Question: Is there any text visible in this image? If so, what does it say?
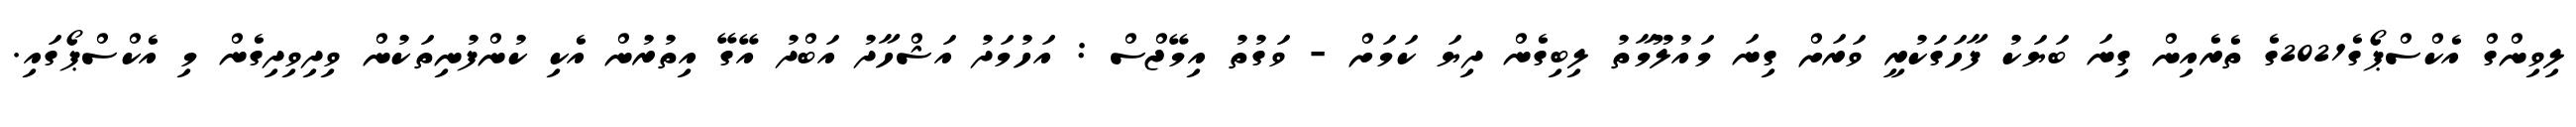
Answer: ލިވިންގް އެކްސްޕޯގެ2021ގެ ތެރެއިން ގިނަ ބަޔަކު ފާހަގަކުރީ ވަރަށް ގިނަ މައުލޫމާތު ލިބިގެން ދިޔަ ކަމަށް - ވަގުތު އިމޭޖްސް : އަހުމަދު އަޝްހާދު އަބްދު އޭގޭ އިތުރުން އެކި ކުންފުނިތަކުން ވިދިވިދިގެން މި އެކްސްޕޯގައި.